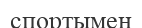
спортымен